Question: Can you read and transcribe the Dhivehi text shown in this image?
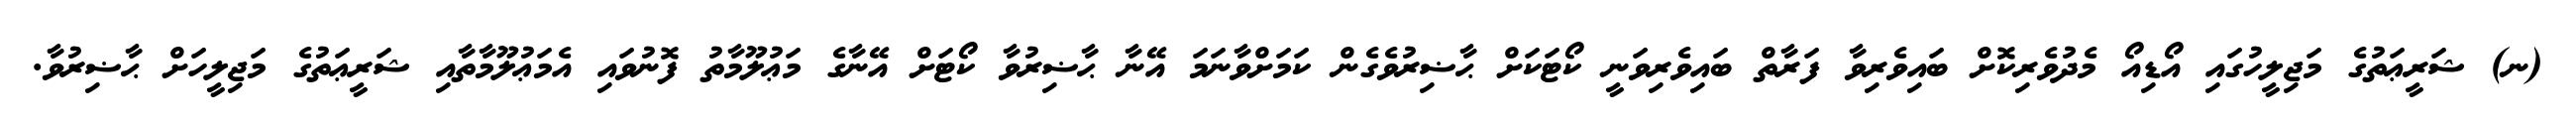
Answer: (ނ) ޝަރީޢަތުގެ މަޖިލީހުގައި އޯޑިއޯ މެދުވެރިކޮށް ބައިވެރިވާ ފަރާތް ބައިވެރިވަނީ ކޯޓަކަށް ޙާޟިރުވެގެން ކަމަށްވާނަމަ އޭނާ ޙާޟިރުވާ ކޯޓަށް އޭނާގެ މަޢުލޫމާތު ފޮނުވައި އެމަޢުލޫމާތާއި ޝަރީޢަތުގެ މަޖިލީހަށް ޙާޟިރުވާ.